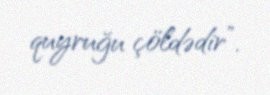
quyruğu çöldədir”.